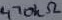
Text: 470kΩ